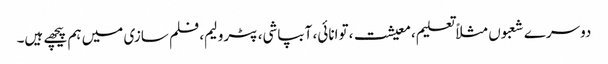
دوسرے شعبوں مثلاً تعلیم، معیشت، توانائی، آبپاشی، پٹرولیم، فلم سازی میں ہم پیچھے ہیں۔